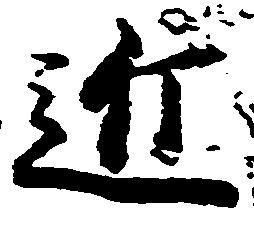
近